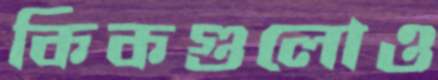
কিকগুলোও